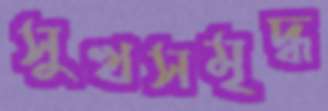
সুখসমৃদ্ধ